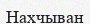
Нахчыван